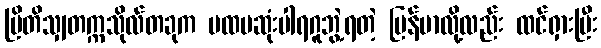
ဗြိတိသျှတက္ကသိုလ်တခုက ပထမဆုံးပါရဂူဘွဲ့ရတဲ့ မြန်မာလို့လည်း ထင်ရှားပြီး